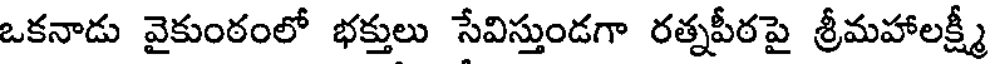
ఒకనాడు వైకుంఠంలో భక్తులు సేవిస్తుండగా రత్నపీఠపై శ్రీమహాలక్ష్మీ